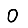
Digit: 0